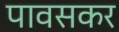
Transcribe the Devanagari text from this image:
पावसकर